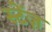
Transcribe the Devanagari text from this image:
स्टेंज़